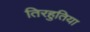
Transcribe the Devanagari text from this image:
तिरहुतिया